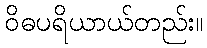
ဝိဓပရိယာယ်တည်း။